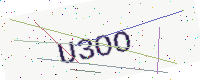
Text: U3OO